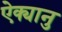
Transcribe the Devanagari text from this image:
ऐक्यानु